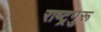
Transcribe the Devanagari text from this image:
राष्ट्रगुरू